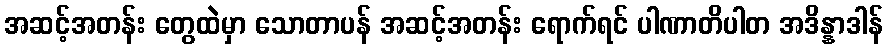
အဆင့်အတန်း တွေထဲမှာ သောတာပန် အဆင့်အတန်း ရောက်ရင် ပါဏာတိပါတ အဒိန္နာဒါန်